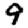
Digit: 9